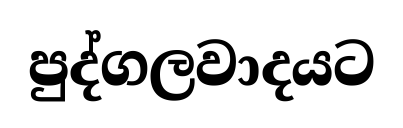
පුද්ගලවාදයට